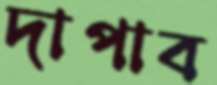
দাপাব